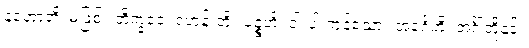
နဟောတိ၊ မဖြစ်။ ဘိက္ခဝေ၊ ရဟန်းတို့။ ပဉ္စဟိ၊ ငါးပါးကုန်သော။ အင်္ဂေဟိ၊ အင်္ဂါတို့နှင့်။